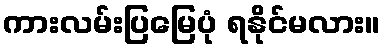
ကားလမ်းပြမြေပုံ ရနိုင်မလား။